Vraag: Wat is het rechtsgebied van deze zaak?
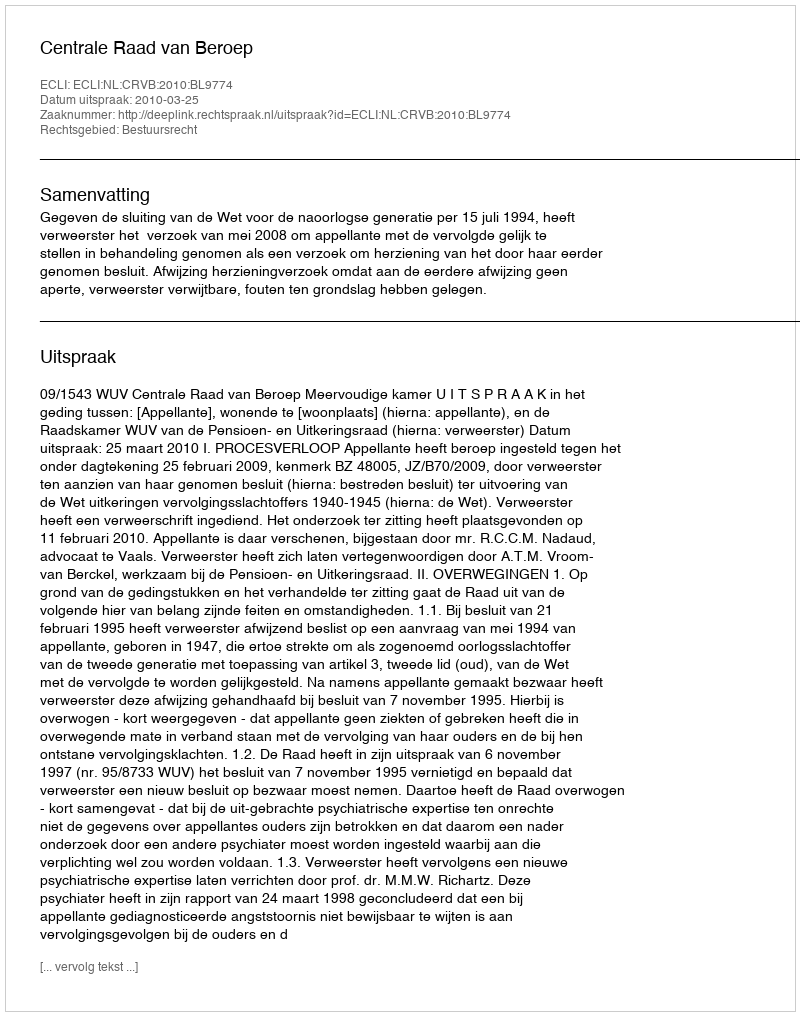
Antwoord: Bestuursrecht